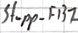
Text: Stopp_FB1